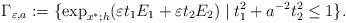
LaTeX: \begin{align*}\Gamma_{\varepsilon,a}:=\{\mathrm{exp}_{x^*;h}(\varepsilon t_1 E_1+\varepsilon t_2 E_2)\mid t_1^2+a^{-2}t_2^2\leq 1\}.\end{align*}